Civil Veterinary Dept. Assam report 1927-50 - 1927-1950
Year: 1927
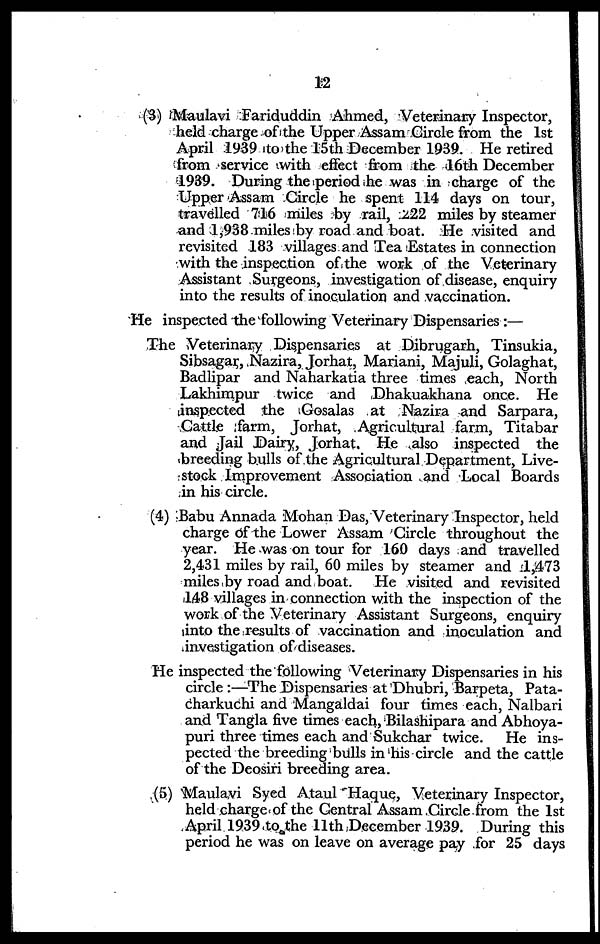
12
(3) Maulavi Fariduddin Ahmed, Veterinary Inspector,
held charge of the Upper Assam Circle from the 1st
April 1939 to the 15th December 1939. He retired
from service with effect from the 16th December
1939. During the period he was in charge of the
Upper Assam Circle he spent 114 days on tour,
travelled 716 miles by rail, 222 miles by steamer
and 1,938 miles by road and boat. He visited and
revisited 183 villages and Tea Estates in connection
with the inspection of the work of the Veterinary
Assistant Surgeons, investigation of disease, enquiry
into the results of inoculation and vaccination.
He inspected the following Veterinary Dispensaries :—
The Veterinary Dispensaries at Dibrugarh, Tinsukia,
Sibsagar, Nazira, Jorhat, Mariani, Majuli, Golaghat,
Badlipar and Naharkatia three times each, North
Lakhimpur twice and Dhakuakhana once. He
inspected the Gosalas at Nazira and Sarpara,
Cattle farm, Jorhat, Agricultural farm, Titabar
and Jail Dairy, Jorhat. He also inspected the
breeding bulls of the Agricultural Department, Live-
stock Improvement Association and Local Boards
in his circle.
(4) Babu Annada Mohan Das, Veterinary Inspector, held
charge of the Lower Assam Circle throughout the
year. He was on tour for 160 days and travelled
2,431 miles by rail, 60 miles by steamer and 1,473
miles by road and boat. He visited and revisited
148 villages in connection with the inspection of the
work of the Veterinary Assistant Surgeons, enquiry
into the results of vaccination and inoculation and
investigation of diseases.
He inspected the following Veterinary Dispensaries in his
circle :—The Dispensaries at Dhubri, Barpeta, Pata-
charkuchi and Mangaldai four times each, Nalbari
and Tangla five times each, Bilashipara and Abhoya-
puri three times each and Sukchar twice. He ins-
pected the breeding bulls in his circle and the cattle
of the Deosiri breeding area.
(5) Maulavi Syed Ataul Haque, Veterinary Inspector,
held charge of the Central Assam Circle from the 1st
April 1939 to the 11th December 1939. During this
period he was on leave on average pay for 25 days